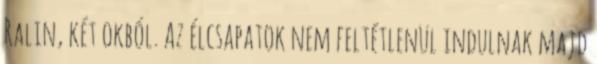
Ralin, két okból. Az élcsapatok nem feltétlenül indulnak majd